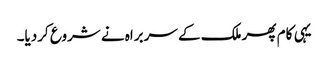
یہی کام پھر ملک کے سربراہ نے شروع کردیا۔